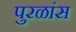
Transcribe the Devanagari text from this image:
पुरळांस